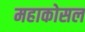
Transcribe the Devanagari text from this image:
महाकोसल